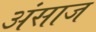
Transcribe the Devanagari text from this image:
अंसाज